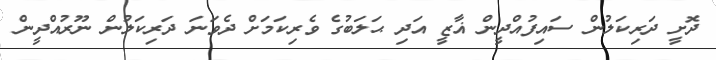
ދޮށީ ދަރިކަލުން ސައިފުއްދީން ޣާޒީ އަދި ޙަލަބުގެ ވެރިކަމަށް ދެވަނަ ދަރިކަލުން ނޫރުއްދީން